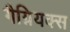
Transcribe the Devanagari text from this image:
गैग्नियक्स